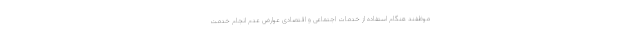
موظفند هنگام استفاده از خدمات اجتماعی و اقتصادی عوارض عدم انجام خدمت